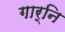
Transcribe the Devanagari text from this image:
गार्नि